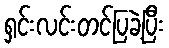
ရှင်းလင်းတင်ပြခဲ့ပြီး